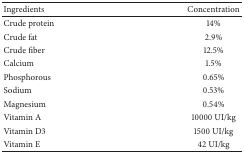
| Ingredients | Concentration |
 | --- | --- |
 | Crude protein | 14% |
 | Crude fat | 2.9% |
 | Crude fiber | 12.5% |
 | Calcium | 1.5% |
 | Phosphorous | 0.65% |
 | Sodium | 0.53% |
 | Magnesium | 0.54% |
 | Vitamin A | 10000 UI/kg |
 | Vitamin D3 | 1500 UI/kg |
 | Vitamin E | 42 UI/kg |